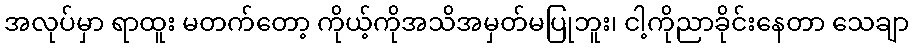
အလုပ်မှာ ရာထူး မတက်တော့ ကိုယ့်ကိုအသိအမှတ်မပြုဘူး၊ ငါ့ကိုညာခိုင်းနေတာ သေချာ